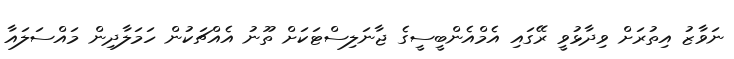
ނަވާޒު އިތުރަށް ވިދާޅުވީ ރޭގައި އެމްއެންބީސީގެ ޖާނަލިސްޓަކަށް ތޫނު އެއްޗަކުން ހަމަލާދިން މައްސަލައާ